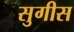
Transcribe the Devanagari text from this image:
सुगीस